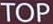
TOP